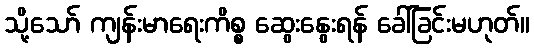
သို့သော် ကျန်းမာရေးကိစ္စ ဆွေးနွေးရန် ခေါ်ခြင်းမဟုတ်။